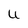
Character: U